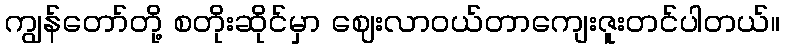
ကျွန်တော်တို့ စတိုးဆိုင်မှာ ဈေးလာဝယ်တာကျေးဇူးတင်ပါတယ်။